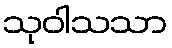
သုဝါသသာ